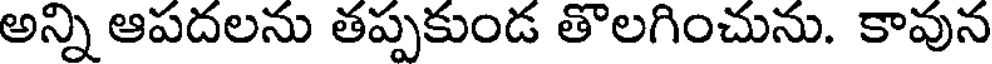
అన్ని ఆపదలను తప్పకుండ తొలగించును. కావున